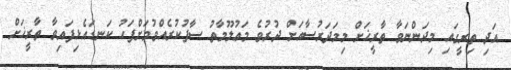
އަދި ތިރީގައި މިދަންނަވާ ތާރީޚަށް މިމަދަރުސާއަށް ދުރުވެ މަޢުލޫމާތު ސާފުކުރެއްވުމަށްފަހު ކަނޑައެޅިފައިވާ ތާރީޚަށް